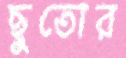
ছুতোর